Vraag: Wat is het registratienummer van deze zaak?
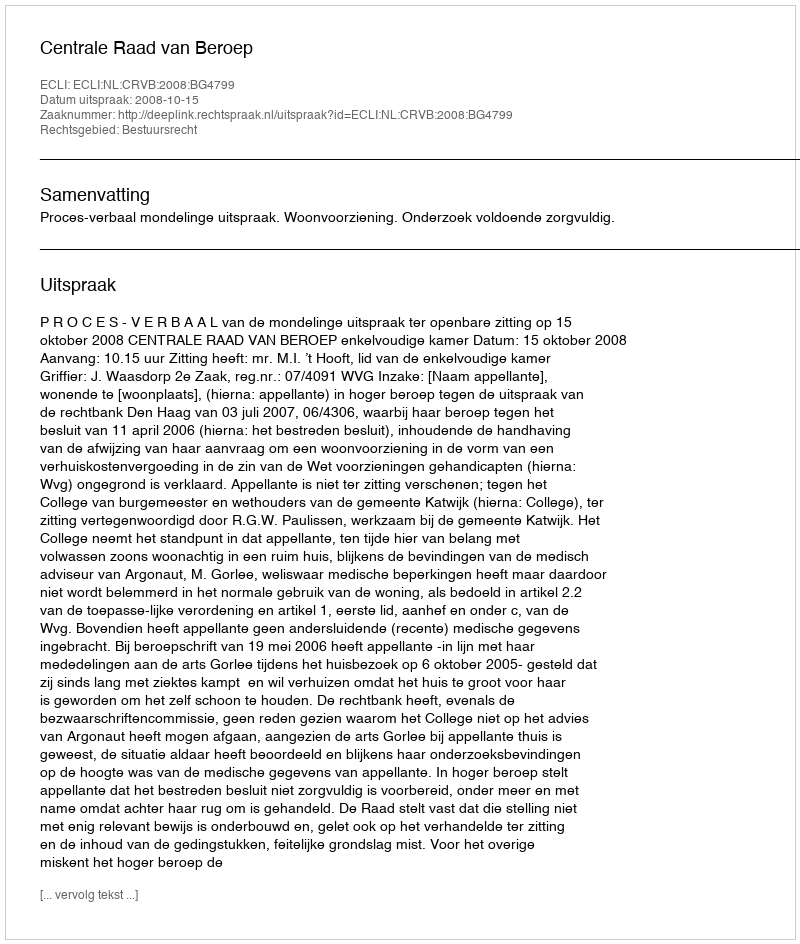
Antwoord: http://deeplink.rechtspraak.nl/uitspraak?id=ECLI:NL:CRVB:2008:BG4799